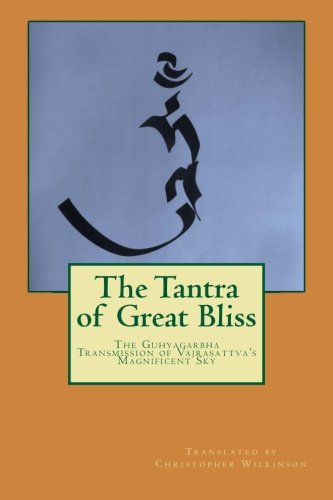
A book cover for The Tantra of Great Bliss: The Guhyagarbha Transmission of Vajrasattva's Magnificent Sky; Christopher Wilkinson; Literature & Fiction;